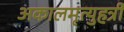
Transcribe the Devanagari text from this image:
अकालमृत्युहर्त्री